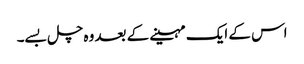
اس کے ایک مہینے کے بعد وہ چل بسے۔